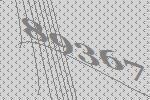
89367